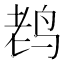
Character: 𱉦